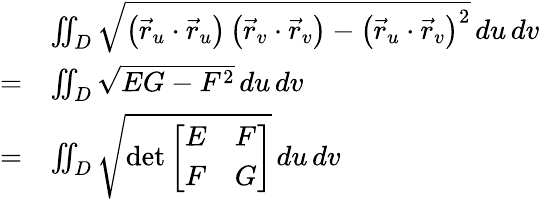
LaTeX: {\begin{array}{rl}&{\iint_{D}{\sqrt{\left({\vec{r}}_{u}\cdot{\vec{r}}_{u}\right)\left({\vec{r}}_{v}\cdot{\vec{r}}_{v}\right)-\left({\vec{r}}_{u}\cdot{\vec{r}}_{v}\right)^{2}}}\, du\, dv}\\ {=}&{\iint_{D}{\sqrt{EG-F^{2}}}\, du\, dv}\\ {=}&{\iint_{D}{\sqrt{\operatorname*{det}{\left[\begin{array}{ll}{E}&{F}\\ {F}&{G}\end{array}\right]}}}\, du\, dv}\end{array}}